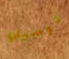
توصيلي